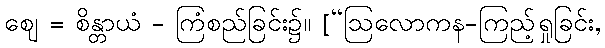
ဈေ = စိန္တာယံ - ကြံစည်ခြင်း၌။ [“ဩလောကန-ကြည့်ရှုခြင်း,